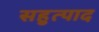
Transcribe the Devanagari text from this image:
सहुत्पाद